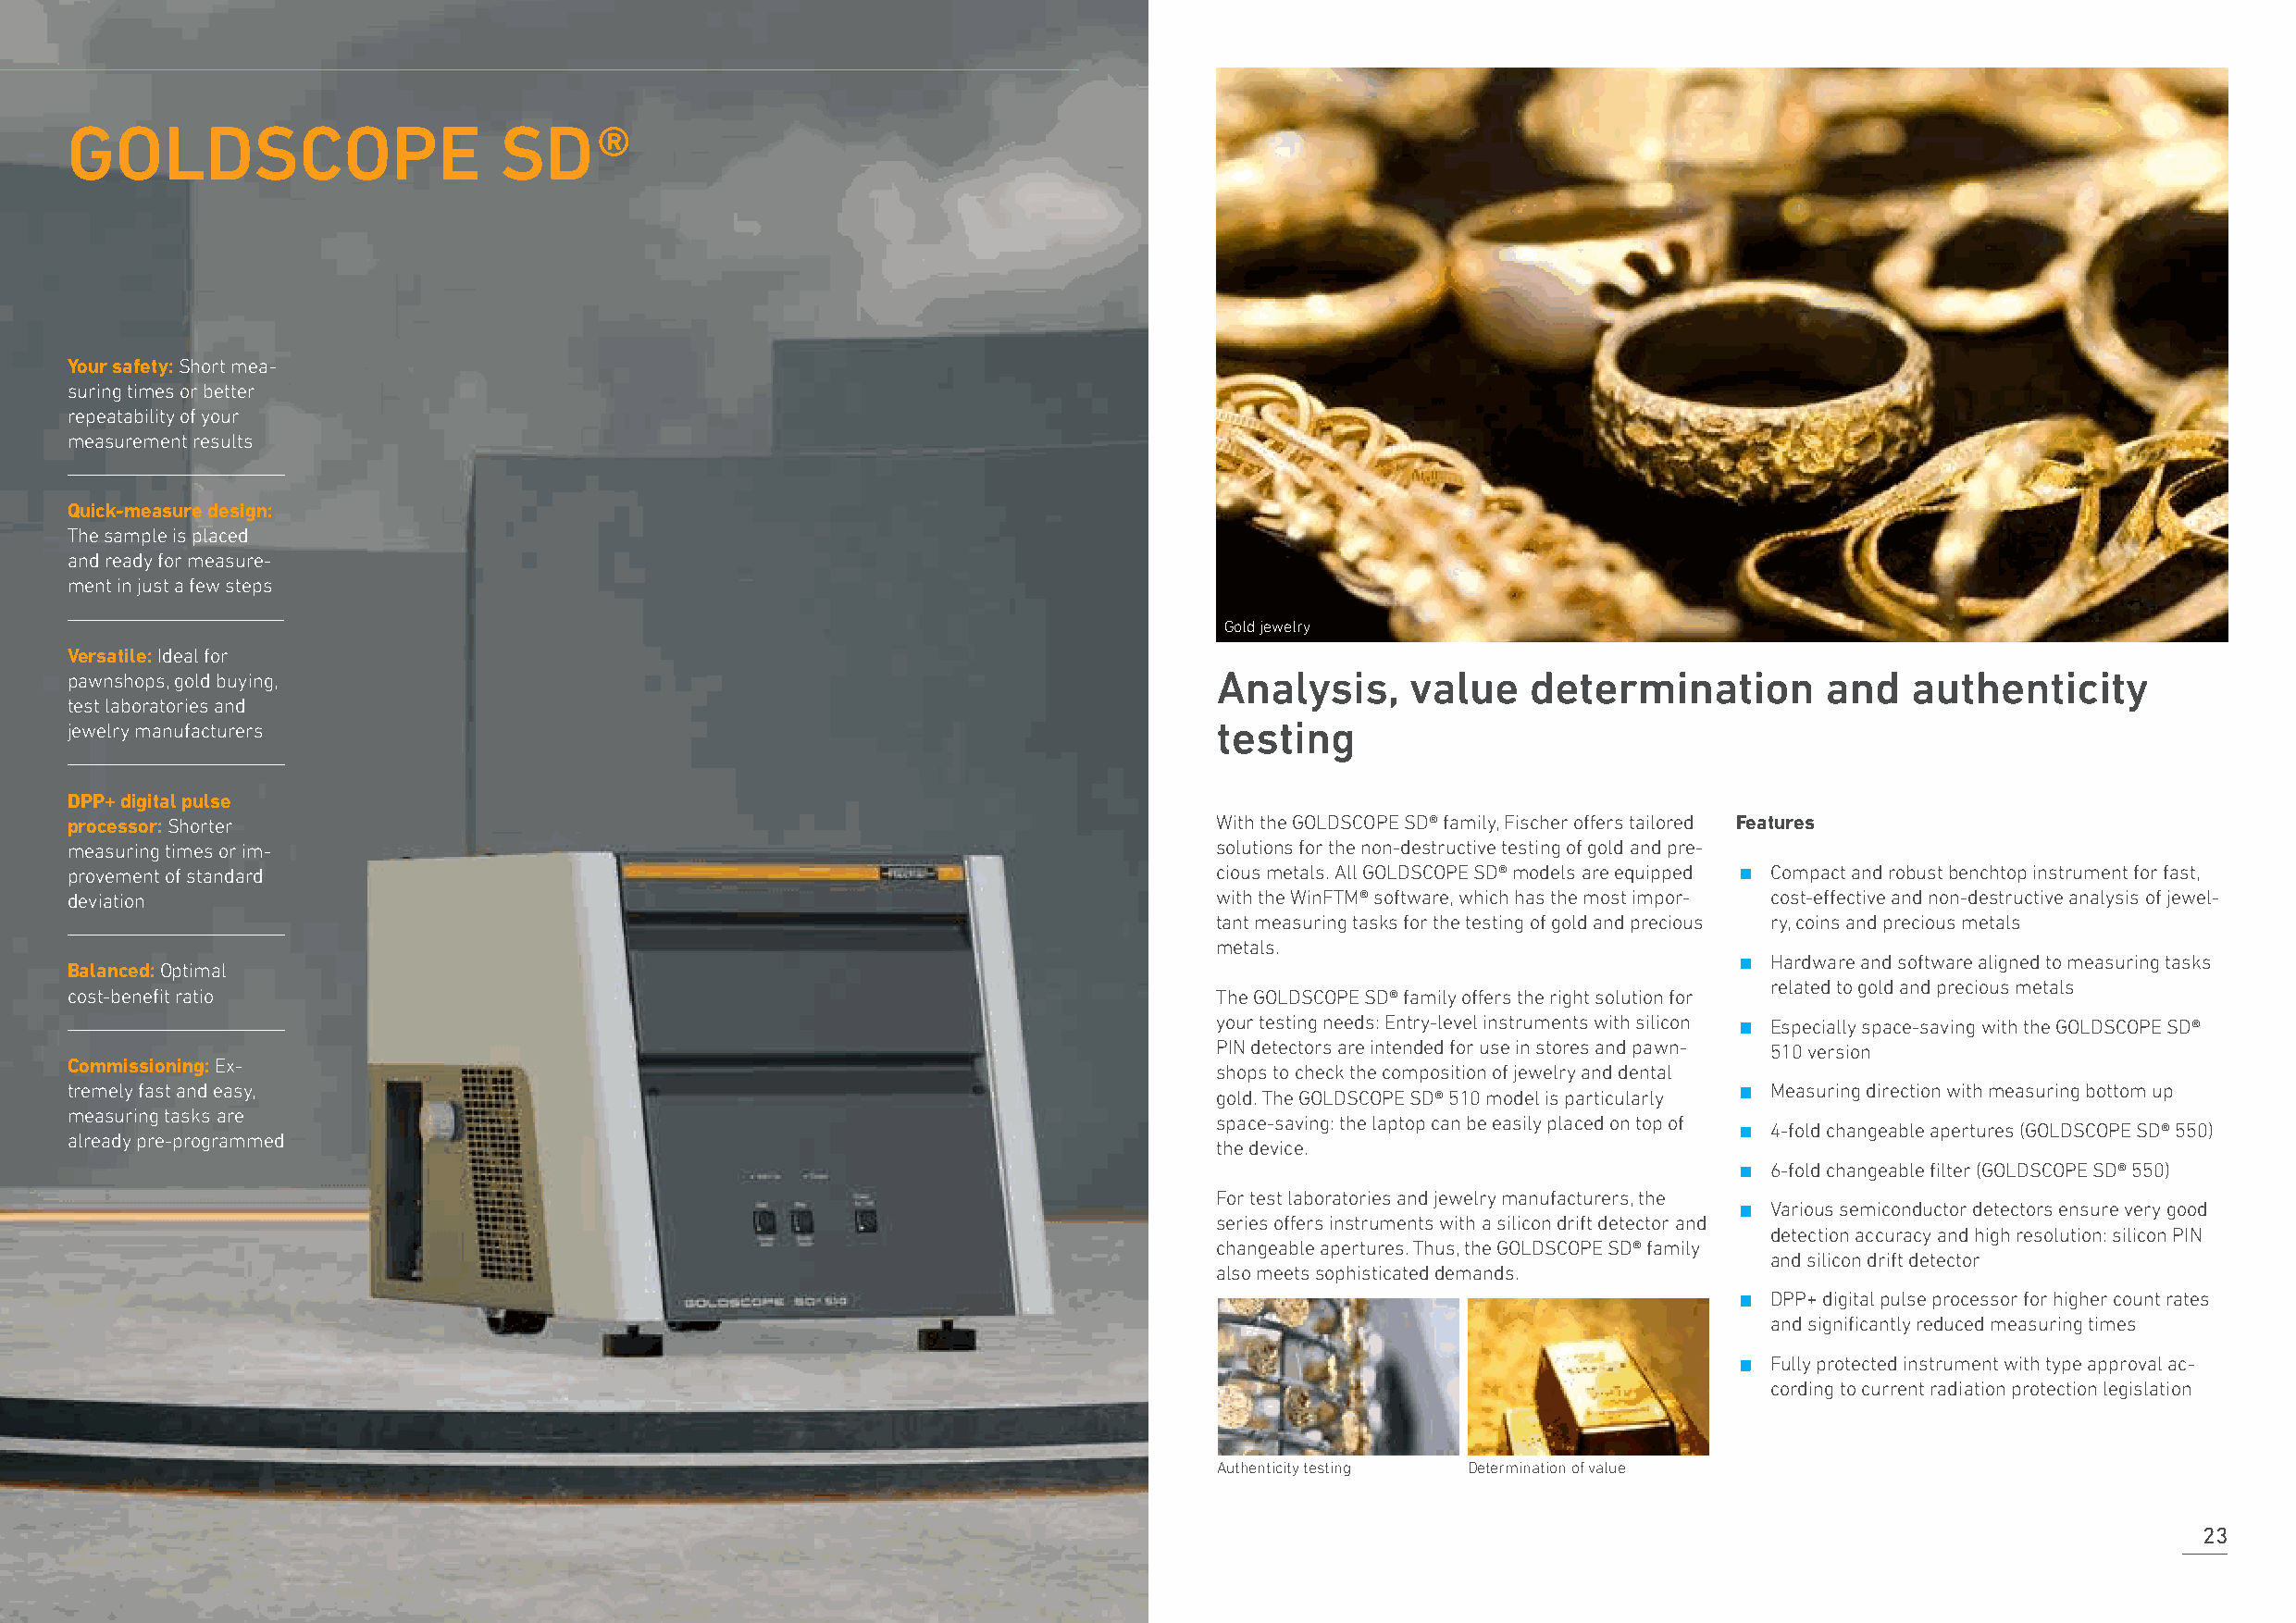
GOLDSCOPE                      SD     ®
 Your safety: Short mea-
 suring times or better
 repeatability of your
 measurement results
 Quick-measure design:
 The sample is placed
 and ready for measure-
 ment in just a few steps
 Gold jewelry
 Versatile: Ideal for
 pawnshops, gold buying,                                                           Analysis,     value   determination         and   authenticity
 test laboratories and
 jewelry manufacturers                                                             testing
 DPP+ digital pulse
 processor: Shorter                                                                With the GOLDSCOPE SD® family, Fischer offers tailored Features
 measuring times or im-                                                            solutions for the non-destructive testing of gold and pre- ∙
 provement of standard                                                             cious metals. All GOLDSCOPE SD® models are equipped Compact and robust benchtop instrument for fast,
 deviation                                                                         with the WinFTM® software, which has the most impor- cost-effective and non-destructive analysis of jewel-
 tant measuring tasks for the testing of gold and precious ry, coins and precious metals
 ∙
 metals.
 Hardware and software aligned to measuring tasks
 Balanced: Optimal
 related to gold and precious metals
 cost-benefit ratio                                                                The GOLDSCOPE SD® family offers the right solution for ∙
 your testing needs: Entry-level instruments with silicon Especially space-saving with the GOLDSCOPE SD®
 PIN detectors are intended for use in stores and pawn- 510 version
 Commissioning: Ex-                                                                                                     ∙
 shops to check the composition of jewelry and dental
 tremely fast and easy,                                                                                                    Measuring direction with measuring bottom up
 gold. The GOLDSCOPE SD® 510 model is particularly ∙
 measuring tasks are
 space-saving: the laptop can be easily placed on top of
 4-fold changeable apertures (GOLDSCOPE SD® 550)
 already pre-programmed                                                            the device.                          ∙
 6-fold changeable filter (GOLDSCOPE SD® 550)
 ∙
 For test laboratories and jewelry manufacturers, the
 Various semiconductor detectors ensure very good
 series offers instruments with a silicon drift detector and
 detection accuracy and high resolution: silicon PIN
 changeable apertures. Thus, the GOLDSCOPE SD® family
 and silicon drift detector
 also meets sophisticated demands.    ∙
 DPP+ digital pulse processor for higher count rates
 and significantly reduced measuring times
 ∙
 Fully protected instrument with type approval ac-
 cording to current radiation protection legislation
 Authenticity testing Determination of value
 23